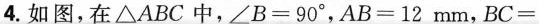
4.如图，在△ABC中，$$∠ B = 9 0 °$$，$$A B = 1 2 m m$$，$$B C =